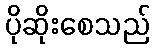
ပိုဆိုးစေသည်